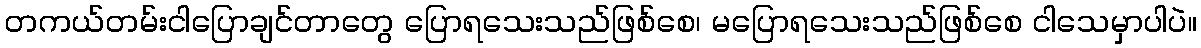
တကယ်တမ်းငါပြောချင်တာတွေ ပြောရသေးသည်ဖြစ်စေ၊ မပြောရသေးသည်ဖြစ်စေ ငါသေမှာပါပဲ။